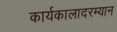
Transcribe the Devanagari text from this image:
कार्यकालादरम्यान